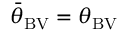
{ \bar { \theta } } _ { \mathrm { B V } } = \theta _ { \mathrm { B V } }